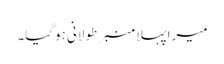
میرا پہلا منبر طولانی ہوگیا۔